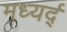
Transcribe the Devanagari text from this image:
मध्यर्द्